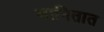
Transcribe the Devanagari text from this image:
मानितात